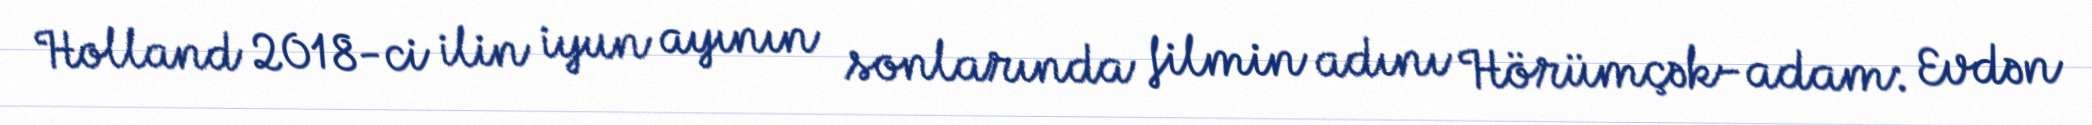
Holland 2018-ci ilin iyun ayının sonlarında filmin adını Hörümçək-adam: Evdən